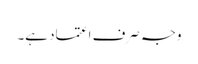
وجہ صرف اعتماد ہے۔